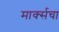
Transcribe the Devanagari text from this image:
मार्क्सचा